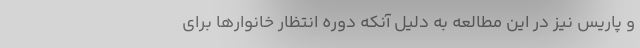
و پاریس نیز در این مطالعه به دلیل آنکه دوره انتظار خانوارها برای